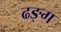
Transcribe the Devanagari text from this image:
ढङ्ग